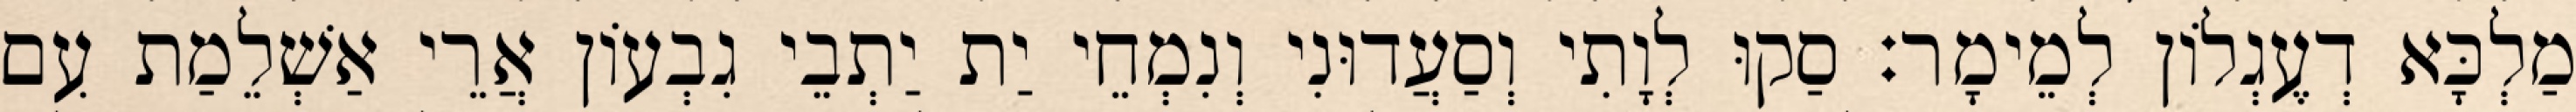
מַלְכָּא דְעֶגְלוֹן לְמֵימָר׃ סַקוּ לְוָתִי וְסַעֲדוּנִי וְנִמְחֵי יַת יַתְבֵי גִבְעוֹן אֲרֵי אַשְׁלֵמַת עִם